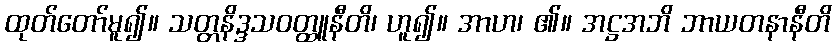
ထုတ်တော်မူ၍။ သတ္တနိဒ္ဒသဝတ္ထူနီတိ၊ ဟူ၍။ အာဟ၊ ၏။ အဋ္ဌအဘိ ဘာယတနာနီတိ